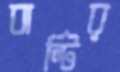
বান্টির